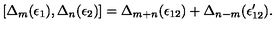
[ \Delta _ { m } ( \epsilon _ { 1 } ) , \Delta _ { n } ( \epsilon _ { 2 } ) ] = \Delta _ { m + n } ( \epsilon _ { 1 2 } ) + \Delta _ { n - m } ( \epsilon _ { 1 2 } ^ { \prime } ) .